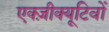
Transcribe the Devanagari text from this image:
एक्ज़ीक्यूटिवों